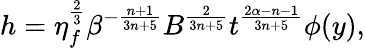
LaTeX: h=\eta_{f}^{\frac{2}{3}}\beta^{-\frac{n+1}{3n+5}}B^{\frac{2}{3n+5}}t^{\frac{2\alpha-n-1}{3n+5}}\phi(y),